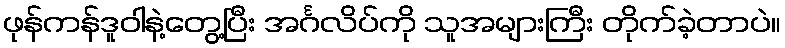
ဖုန်ကန်ဒူဝါနဲ့တွေ့ပြီး အင်္ဂလိပ်ကို သူအများကြီး တိုက်ခဲ့တာပဲ။